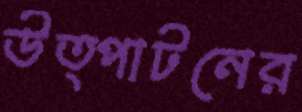
উত্পাটনের